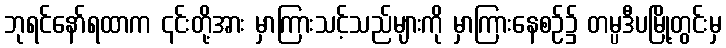
ဘုရင်နော်ရထာက ၎င်းတို့အား မှာကြားသင့်သည်များကို မှာကြားနေစဉ်၌ တမ္ပဒီပမြို့တွင်းမှ